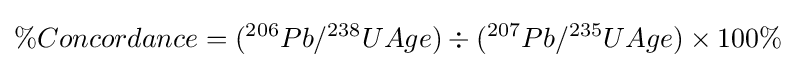
\%Concordance=(^{206}Pb/^{238}UAge)\div (^{207}Pb/^{235}UAge)\times 100\%